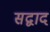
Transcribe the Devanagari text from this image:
सद्वाद